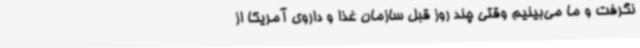
نگرفت و ما می‌بینیم وقتی چند روز قبل سازمان غذا و داروی آمریکا از